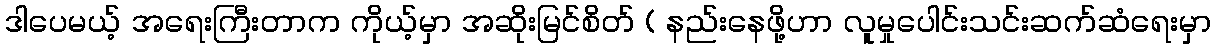
ဒါပေမယ့် အရေးကြီးတာက ကိုယ့်မှာ အဆိုးမြင်စိတ် ( နည်းနေဖို့ဟာ လူမှုပေါင်းသင်းဆက်ဆံရေးမှာ